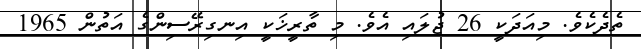
ތެދެކެވެ. މިއަދަކީ 26 ޖުލައި އެވެ. މި ތާރީޚަކީ އިނގިރޭސިންގެ އަތުން 1965